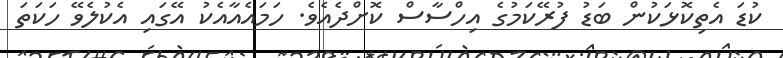
ކުޑަ އެތިކޮޅަކުން ބަޑު ފުރޭކަމުގެ އިހްސާސް ކޮށްދެއެވެ. ހަމައެއާއެކު އޭގައި އެކުލެވޭ ހަކަތަ